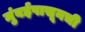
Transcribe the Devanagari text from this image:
मुंबईपासूनची